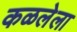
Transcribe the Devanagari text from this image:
कळलेला